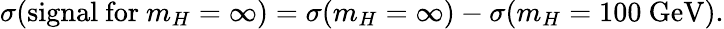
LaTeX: \sigma(\mathrm{signal~for~}m_{H}=\infty)=\sigma(m_{H}=\infty)-\sigma(m_{H}=100\mathrm{~GeV}).